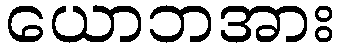
ယောဘအား